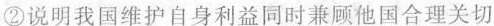
②说明我国维护自身利益同时兼顾他国合理关切